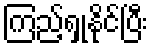
ကြည့်ရှုနိုင်ပြီး